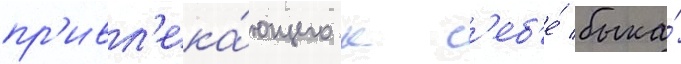
пр'ивл'ека́ющего к с'еб'е́ быка́